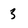
Character: 3